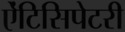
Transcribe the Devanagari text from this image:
ऐंटिसिपेटरी